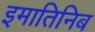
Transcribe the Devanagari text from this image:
इमातिनिब